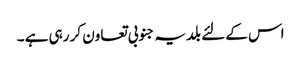
اس کے لئے بلدیہ جنوبی تعاون کر رہی ہے ۔